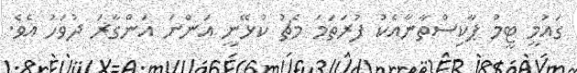
ގައުމީ ޓީމު ޕާކިސްތާނާއެކު ފުރަތަމަ މެޗު ކުޅޭނީ އަންނަ އަންގާރަ ދުވަހު އެވެ.